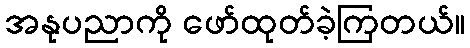
အနုပညာကို ဖော်ထုတ်ခဲ့ကြတယ်။